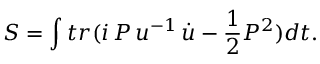
S = \int t r ( i \, P \, u ^ { - 1 } \, \dot { u } - \frac { 1 } { 2 } P ^ { 2 } ) d t .